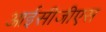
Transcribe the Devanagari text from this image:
आईसीजीएस